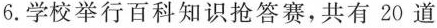
6.学校举行百科知识抢答赛，共有20道